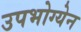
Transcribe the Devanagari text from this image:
उपभोग्येन